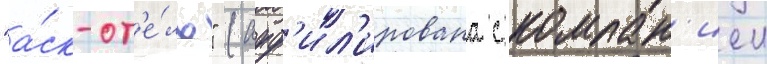
"а́ск-от'е́ль" (афф'ил'ирована с компан'иеи